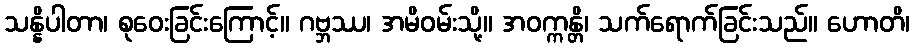
သန္နိပါတာ၊ စုဝေးခြင်းကြောင့်။ ဂဗ္ဘဿ၊ အမိဝမ်းသို့။ အဝက္ကန္တိ၊ သက်ရောက်ခြင်းသည်။ ဟောတိ၊